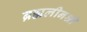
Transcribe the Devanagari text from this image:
ब्रह्मलीनश्री